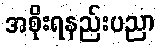
အစိုးရနည်းပညာ